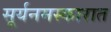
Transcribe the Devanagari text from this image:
सूर्यनमस्कारात